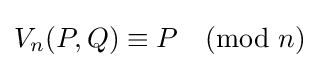
V_{n}(P,Q)\equiv P{\pmod {n}}